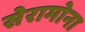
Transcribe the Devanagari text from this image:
सेरामोना